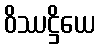
ဝိဿဋ္ဌိယေ